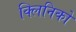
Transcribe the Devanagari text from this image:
क्लिनिको